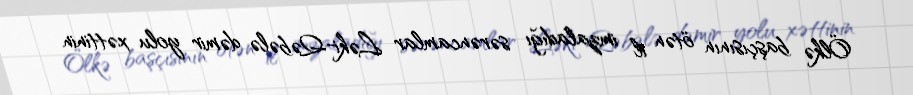
Ölkə başçısının ötən il imzaladığı sərəncamlar Ləki-Qəbələ dəmir yolu xəttinin